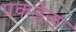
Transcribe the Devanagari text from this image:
पकडेल